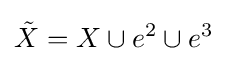
{\tilde {X}}=X\cup e^{2}\cup e^{3}